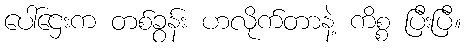
ပေါ်ဌေးက တစ်ခွန်း ဟလိုက်တာနဲ့ ကိစ္စ ပြီးပြီ။